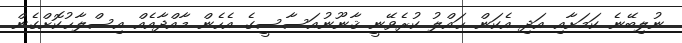
ނުލިބޭނެ ކަމަށާއި އަދި އެކަން ޙައްލު ކުރެވޭނީ ޤާނޫނުއަސާސީގެ އެހެން މާއްދާއެއް އިސްލާޙުކޮށްގެން